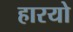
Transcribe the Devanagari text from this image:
हारयो